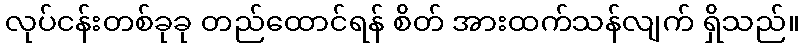
လုပ်ငန်းတစ်ခုခု တည်ထောင်ရန် စိတ် အားထက်သန်လျက် ရှိသည်။